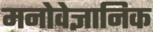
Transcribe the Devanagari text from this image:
मनोवेज्ञानिक